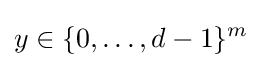
y\in \lbrace 0,\ldots ,d-1\rbrace ^{m}